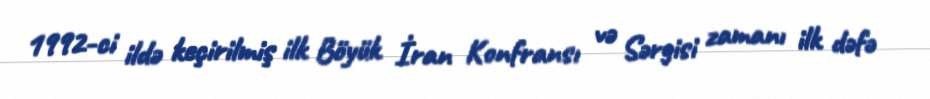
1992-ci ildə keçirilmiş ilk Böyük İran Konfransı və Sərgisi zamanı ilk dəfə